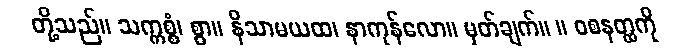
တို့သည်။ သက္ကစ္စံ၊ စွာ။ နိသာမယထ၊ နာကုန်လော။ မှတ်ချက်။ ။ ဝစနတ္ထကို